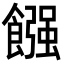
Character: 𩝽